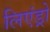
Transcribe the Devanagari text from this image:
लिएंड्रो